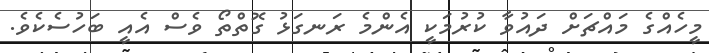
މީހެއްގެ މައްޗަށް ދައުވާ ކުރުމަކީ އެންމެ ރަނގަޅު ގޮތްތޯ ވެސް އެއީ ބަހުސެކެވެ.